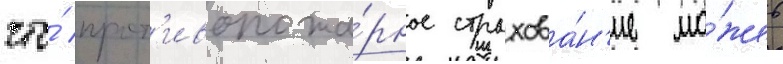
что́ прот'ивопожа́рное страхова́н'ие мо́жет